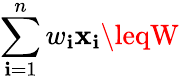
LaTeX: \sum_{\mathbf{i}=1}^{n}w_{\mathbf{i}}\mathbf{x}_{\mathbf{i}}\leqW